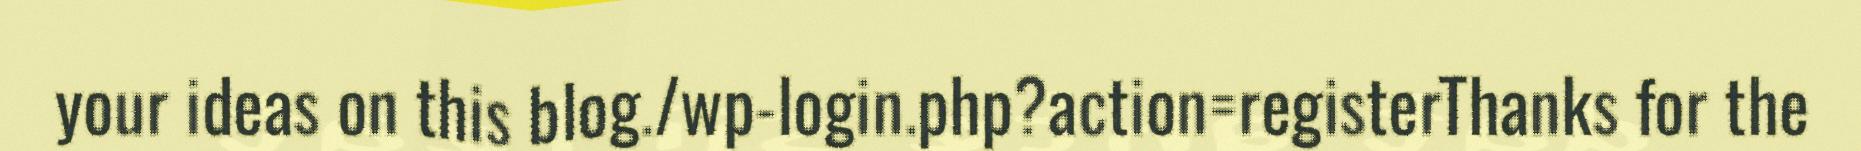
your ideas on this blog./wp-login.php?action=registerThanks for the